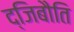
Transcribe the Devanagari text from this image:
द्जिबौति